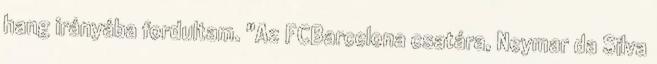
hang irányába fordultam. "Az FCBarcelona csatára, Neymar da Silva